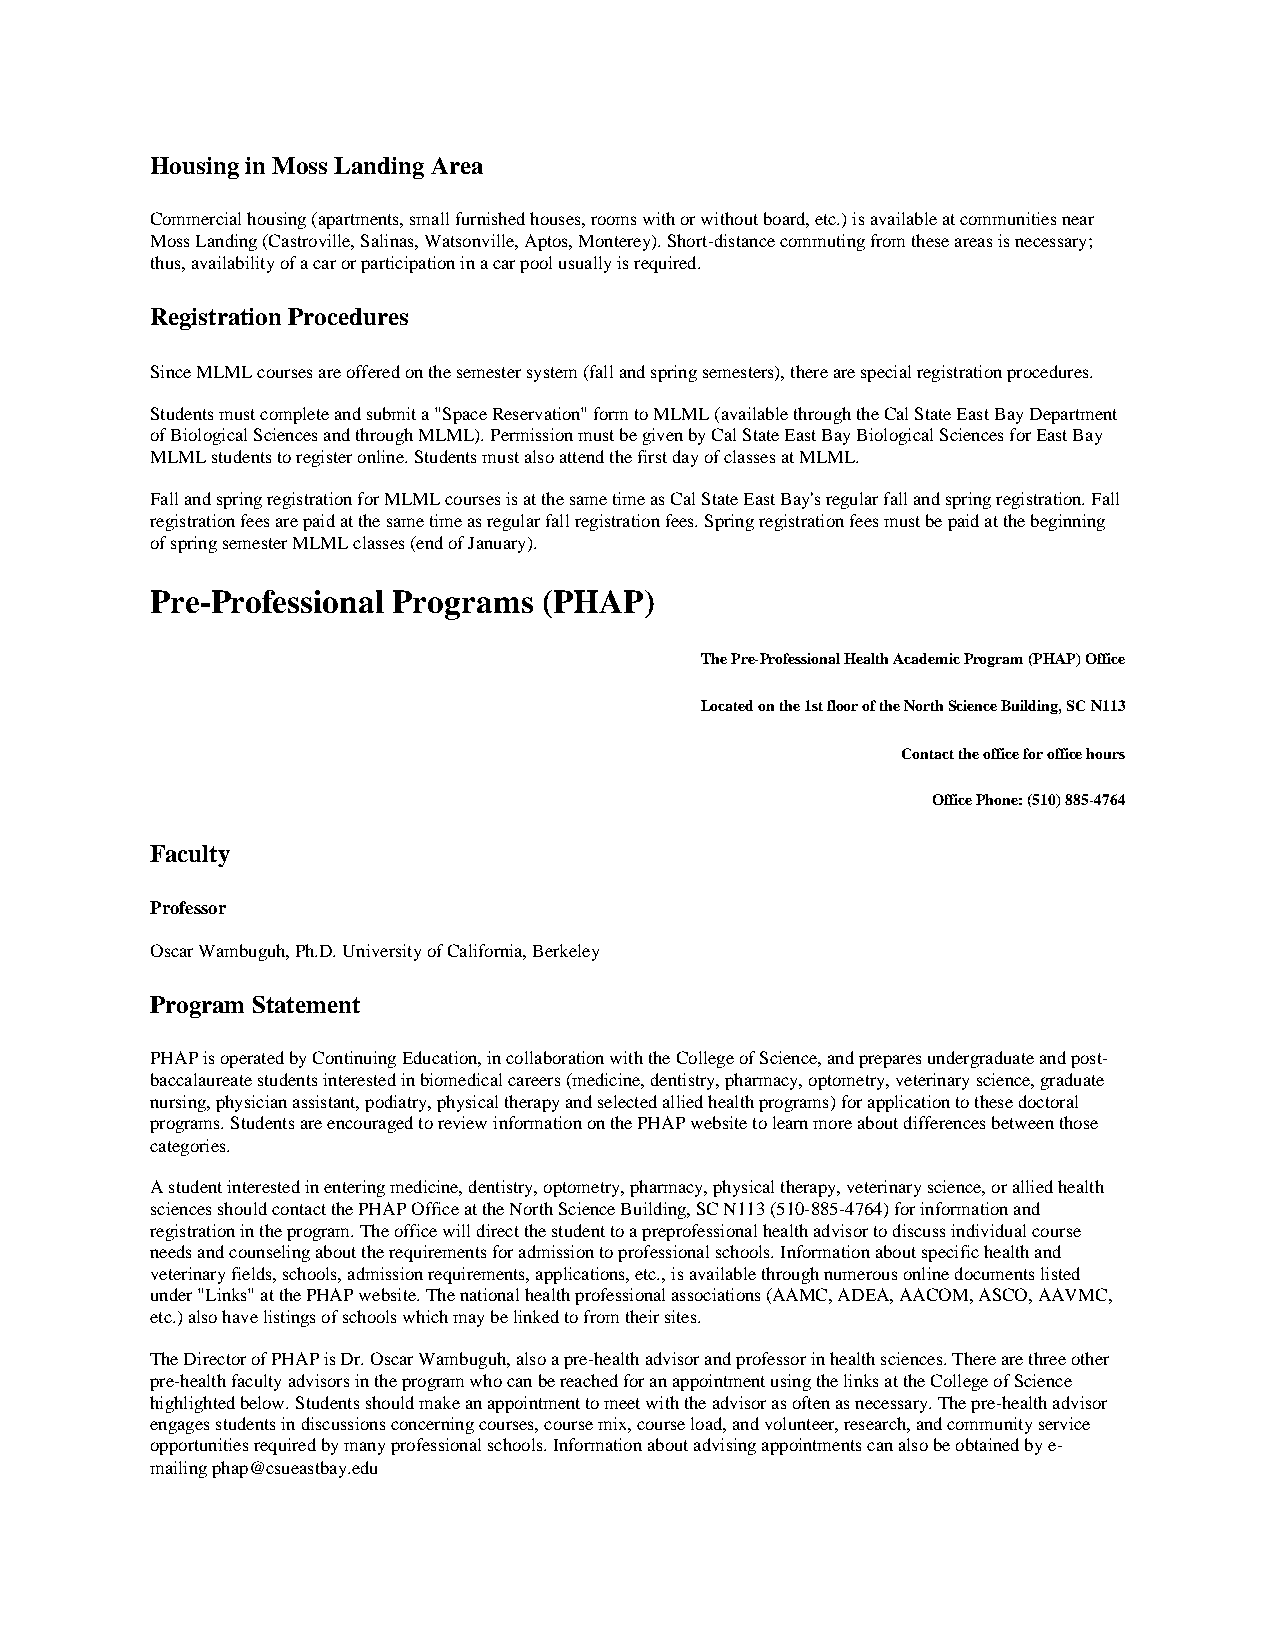
Housing in Moss Landing Area
 Commercial housing (apartments, small furnished houses, rooms with or without board, etc.) is available at communities near
 Moss Landing (Castroville, Salinas, Watsonville, Aptos, Monterey). Short-distance commuting from these areas is necessary;
 thus, availability of a car or participation in a car pool usually is required.
 Registration Procedures
 Since MLML courses are offered on the semester system (fall and spring semesters), there are special registration procedures.
 Students must complete and submit a "Space Reservation" form to MLML (available through the Cal State East Bay Department
 of Biological Sciences and through MLML). Permission must be given by Cal State East Bay Biological Sciences for East Bay
 MLML students to register online. Students must also attend the first day of classes at MLML.
 Fall and spring registration for MLML courses is at the same time as Cal State East Bay's regular fall and spring registration. Fall
 registration fees are paid at the same time as regular fall registration fees. Spring registration fees must be paid at the beginning
 of spring semester MLML classes (end of January).
 Pre-Professional Programs (PHAP)
 The Pre-Professional Health Academic Program (PHAP) Office
 Located on the 1st floor of the North Science Building, SC N113
 Contact the office for office hours
 Office Phone: (510) 885-4764
 Faculty
 Professor
 Oscar Wambuguh, Ph.D. University of California, Berkeley
 Program Statement
 PHAP is operated by Continuing Education, in collaboration with the College of Science, and prepares undergraduate and post-
 baccalaureate students interested in biomedical careers (medicine, dentistry, pharmacy, optometry, veterinary science, graduate
 nursing, physician assistant, podiatry, physical therapy and selected allied health programs) for application to these doctoral
 programs. Students are encouraged to review information on the PHAP website to learn more about differences between those
 categories.
 A student interested in entering medicine, dentistry, optometry, pharmacy, physical therapy, veterinary science, or allied health
 sciences should contact the PHAP Office at the North Science Building, SC N113 (510-885-4764) for information and
 registration in the program. The office will direct the student to a preprofessional health advisor to discuss individual course
 needs and counseling about the requirements for admission to professional schools. Information about specific health and
 veterinary fields, schools, admission requirements, applications, etc., is available through numerous online documents listed
 under "Links" at the PHAP website. The national health professional associations (AAMC, ADEA, AACOM, ASCO, AAVMC,
 etc.) also have listings of schools which may be linked to from their sites.
 The Director of PHAP is Dr. Oscar Wambuguh, also a pre-health advisor and professor in health sciences. There are three other
 pre-health faculty advisors in the program who can be reached for an appointment using the links at the College of Science
 highlighted below. Students should make an appointment to meet with the advisor as often as necessary. The pre-health advisor
 engages students in discussions concerning courses, course mix, course load, and volunteer, research, and community service
 opportunities required by many professional schools. Information about advising appointments can also be obtained by e-
 mailing phap@csueastbay.edu